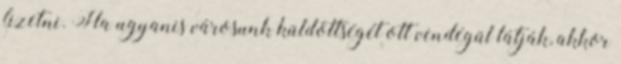
fizetni. Ha ugyanis városunk küldöttségét ott vendégül látják, akkor